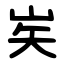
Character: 㞺